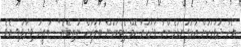
އެހާ ދުވަހަކަށް އަޅުގަނޑުމެންނާ ވާދަކުރާ ކޮމްޕެޓިޓަރުން ބަލާކަށް ނުތިބޭނެ" ސައީދު ވިދާޅުވި އެވެ.